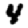
Digit: 4